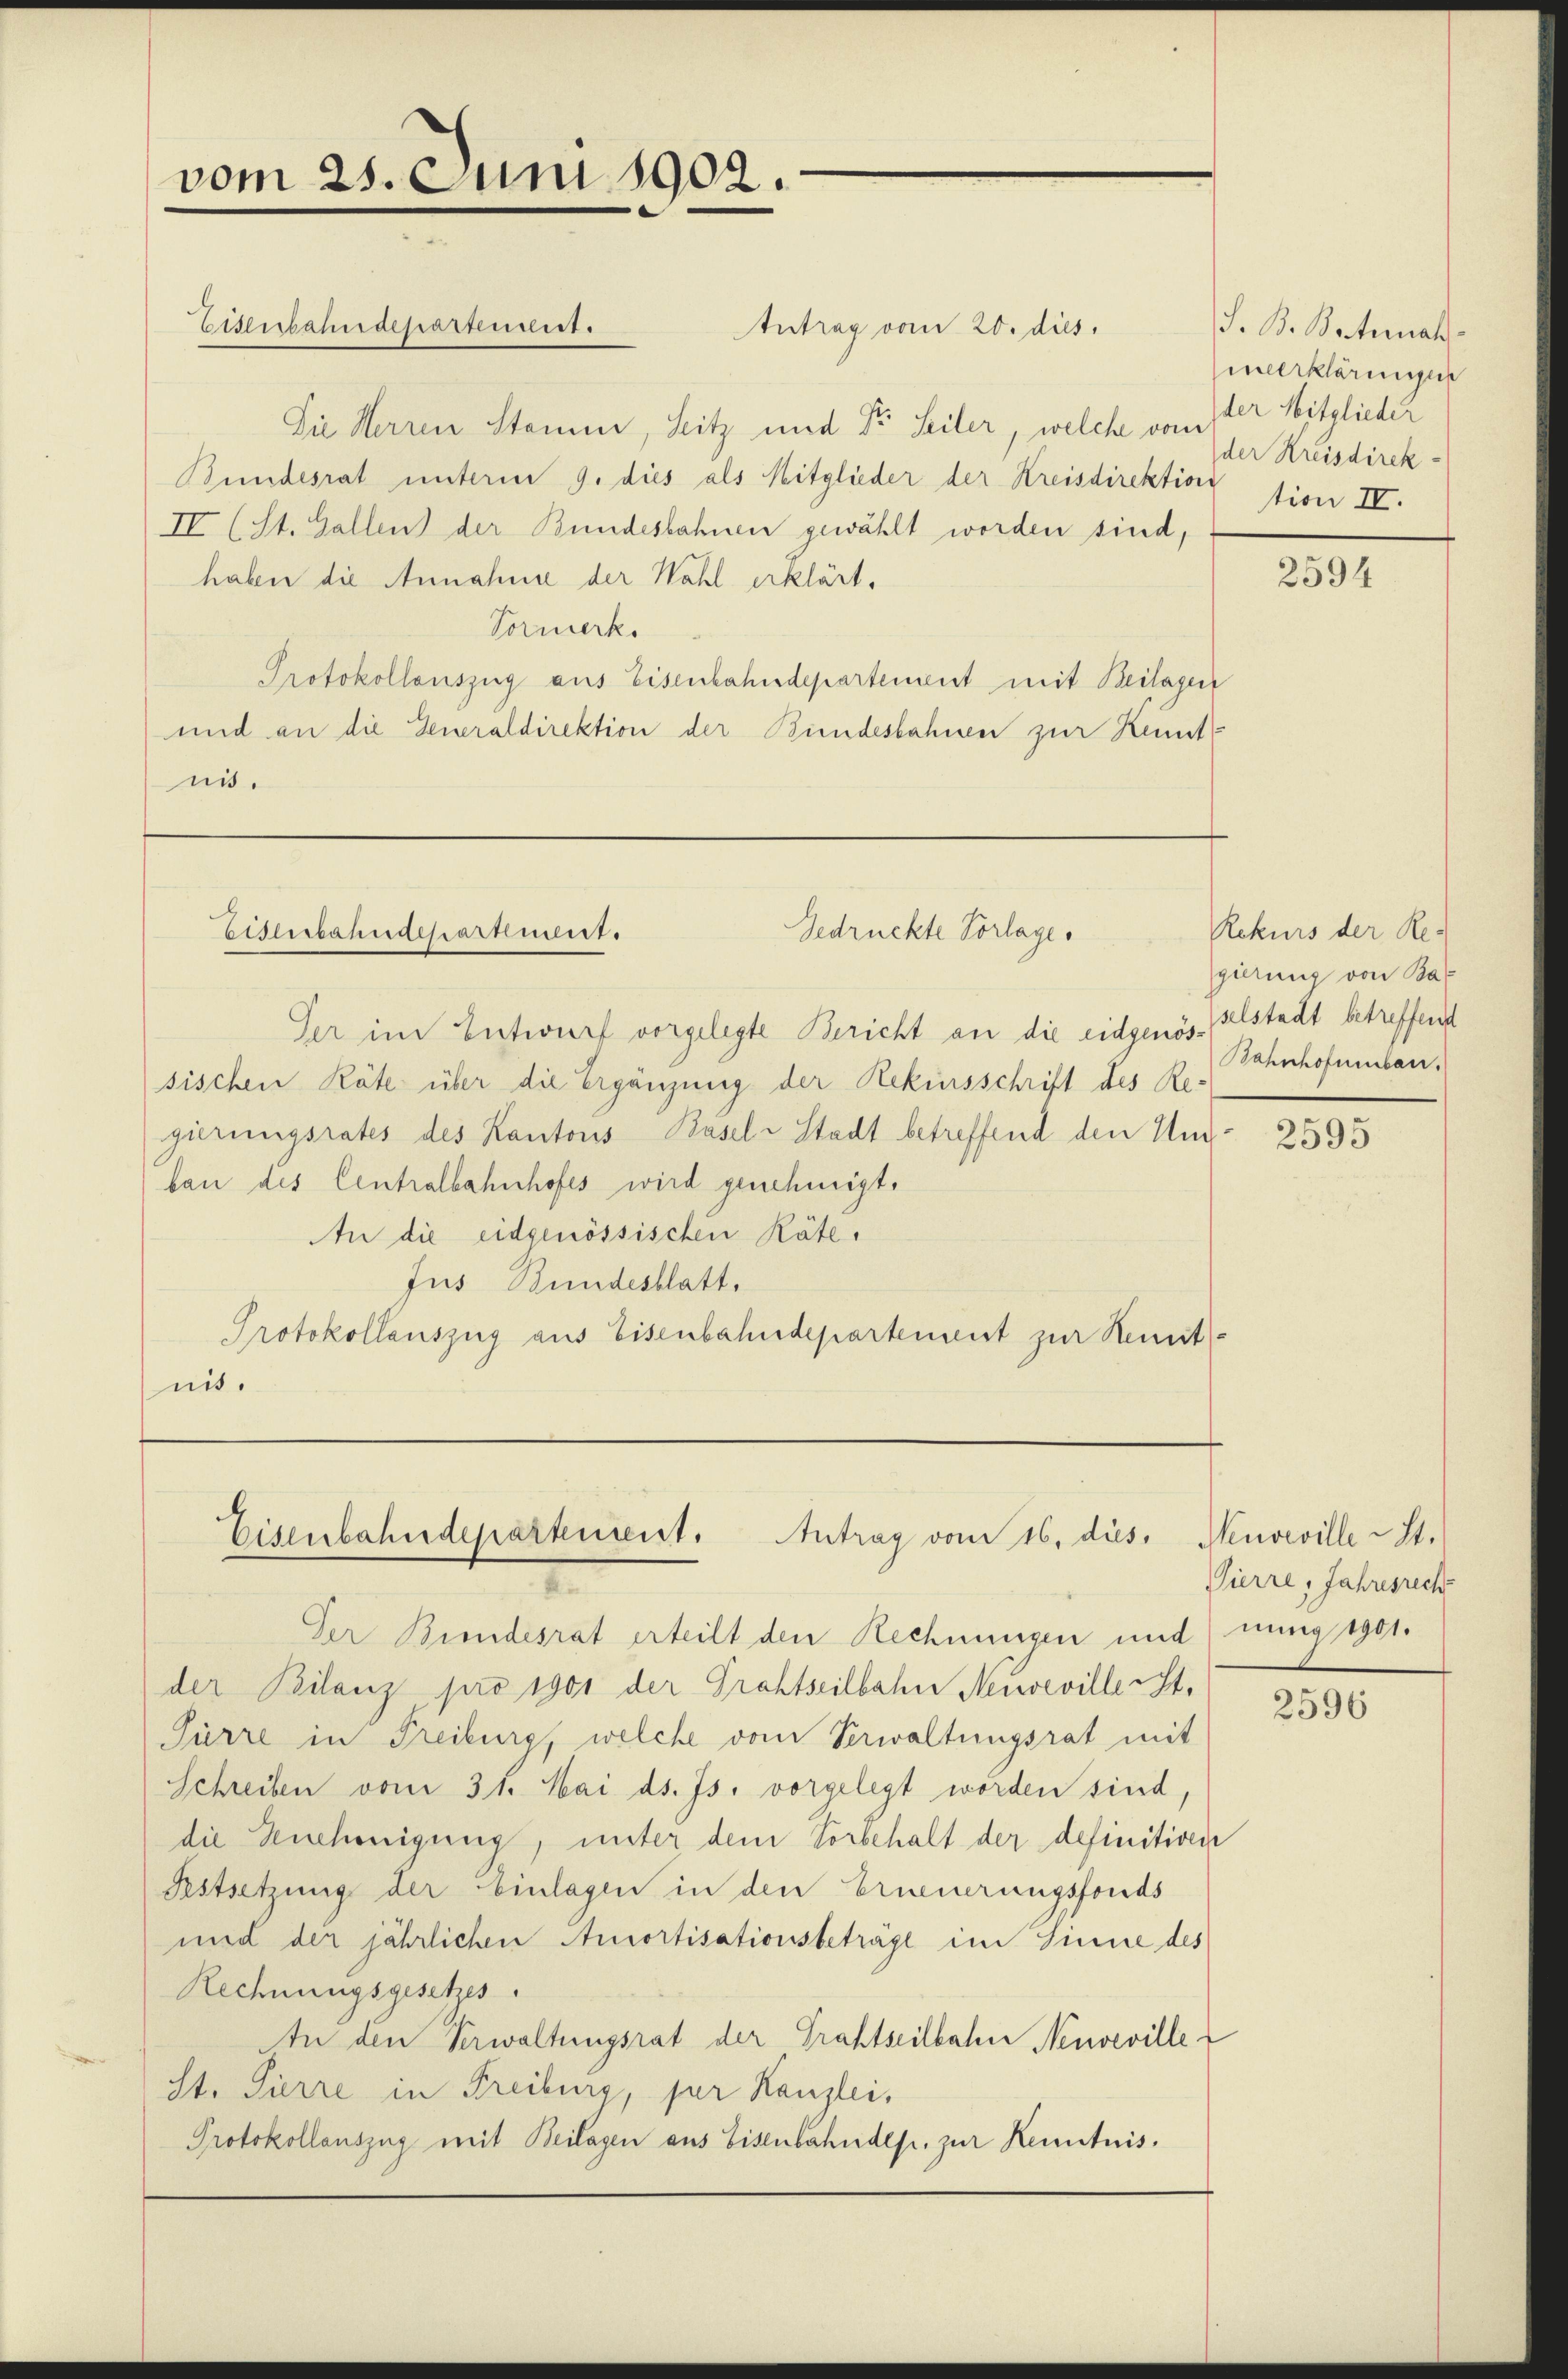
vom 25. Juni 1902.

Antrag vom 20. dies
Die Herren Stamm, Sitz und Dr. Seiter, welche von 1ter Mitglieder
Bundesrat unterm 9. dies als Mitglieder der Kreisdirektion tion IV.
IV (St. Gallen der Bundesbahnen gewählt worden sind,
haben die Annahme der Wahl erklärt,
Vormerk
Protokollauszug aus Eisenbahndepartement mit Beilagen
und an die Generaldirektion der Bundesbahnen zur Kennt
nis.

Eisenbahndepartement.

Gedruckte Vorlage.
Eisenbahndchartement.

Der im Entwurf vorgelegte Bericht an die eidgenös-selstadt betreffend
sischen Räte über die Ergänzung der Rekursschrift des Regierungsrates des Kantons Basel-Stadt betreffend den Unbau des Centralbahnhofes wird genehmigt.
An die eidgenössischen Räte,
Jus Bundesblatt,
Protokollauszug aus Eisenbahndepartement zur Kenntnis.

Eisenbahndepartement. Antrag vom 16. dies

Der Bundesrat erteilt den Rechnungen und nung 1901.
der Bilanz pro 1901 der Grohseilbahn Neuveville ist.
Pürre in Freiburg, welche vom Verwaltungsrat mit
Schreiben vom 31. Mai d. Js. vorgelegt worden sind,
die Genehmigung, unter dem Vorbehalt der definitiven
Pestsetzung der Einlagen in den Erneuerungsfonds
und der jährlichen Amortisationsbeträge im Sinne des
Rechnungsgesetzes.
In den Verwaltungsrat der Grahtseilbahn Neuveville
st. Fürre in Freiburg, per Kanzlei.
Protokollauszug mit Beilagen aus Eisenbahndep. zur Kenntnis.

S. B. Botenah
meerklärungen
der Kreisdirek¬

2594

Rekurs der Re-
gierung von Ba
Bahnhofumbau.

2595

Neuveville St.
Pierre, Jahresrech

2596